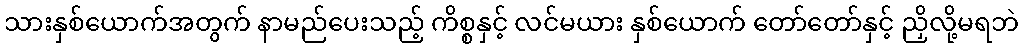
သားနှစ်ယောက်အတွက် နာမည်ပေးသည့် ကိစ္စနှင့် လင်မယား နှစ်ယောက် တော်တော်နှင့် ညှိလို့မရဘဲ